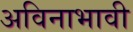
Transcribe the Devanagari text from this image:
अविनाभावी